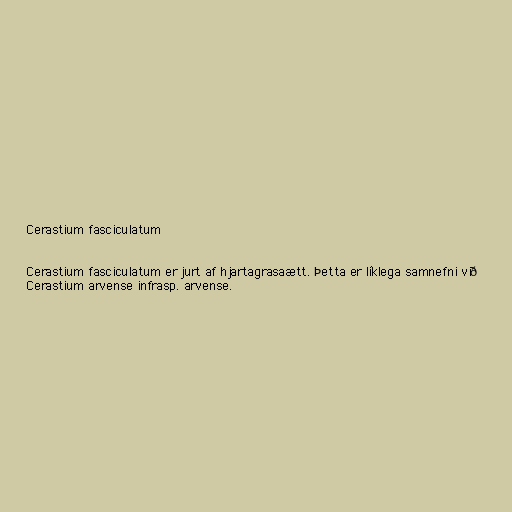
Cerastium fasciculatum

Cerastium fasciculatum er jurt af hjartagrasaætt. Þetta er líklega samnefni við
Cerastium arvense infrasp. arvense.